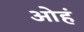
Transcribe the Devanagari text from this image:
ओहं